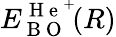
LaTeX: E_{\mathrm{~B~O~}}^{\mathrm{~H~e~}^{+}}\! (R)